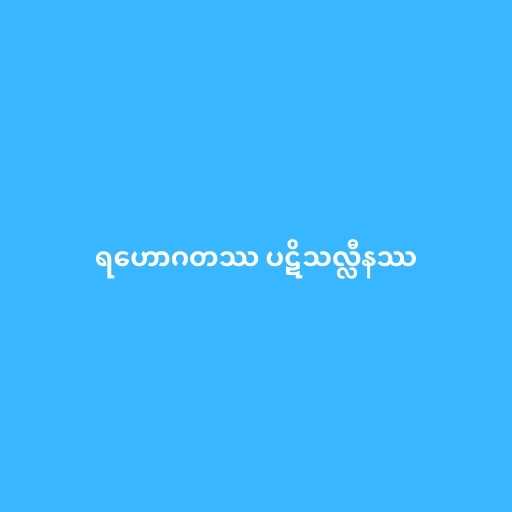
ရဟောဂတဿ ပဋိသလ္လီနဿ